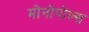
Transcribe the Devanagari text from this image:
मोनोपोल्स